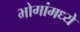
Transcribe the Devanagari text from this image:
भोगांमध्ये